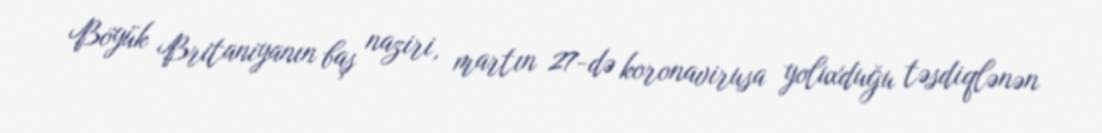
Böyük Britaniyanın baş naziri, martın 27-də koronavirusa yoluxduğu təsdiqlənən